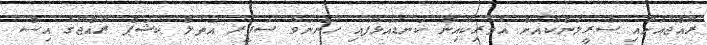
ރާއްޖެއަށާއި ސްރީލަންކާއަށް އެމެރިކާއިން ކަނޑައަޅާފައި ހުންނަވާ ސަފީރު އަތުލް ކެޝަޕް ރާއްޖޭގެ އިސް